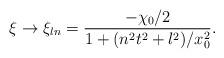
LaTeX: \begin{align*}\xi\to\xi_{ln}=\frac{-\chi_0/2}{1 + (n^2t^2+l^2)/x_0^2}.\end{align*}